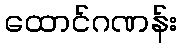
ထောင်ဂဏန်း